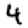
Digit: 4